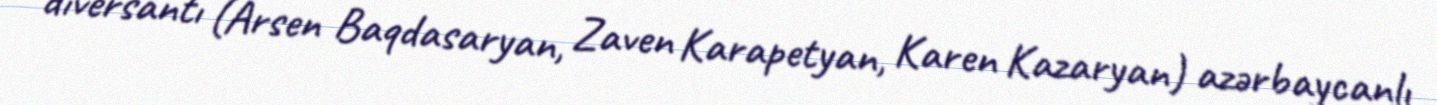
diversantı (Arsen Baqdasaryan, Zaven Karapetyan, Karen Kazaryan) azərbaycanlı